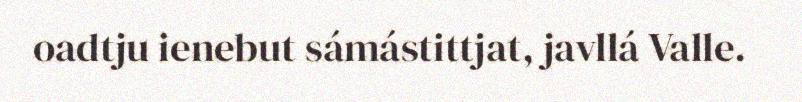
oadtju ienebut sámástittjat, javllá Valle.